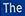
the